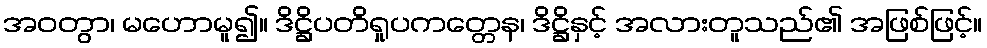
အဝတွာ၊ မဟောမူ၍။ ဒိဋ္ဌိပတိရှုပကတ္တေန၊ ဒိဋ္ဌိနှင့် အလားတူသည်၏ အဖြစ်ဖြင့်။